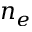
n _ { e }